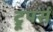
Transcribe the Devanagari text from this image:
ट्रूपर्स